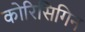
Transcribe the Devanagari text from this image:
कोरिसिगिन